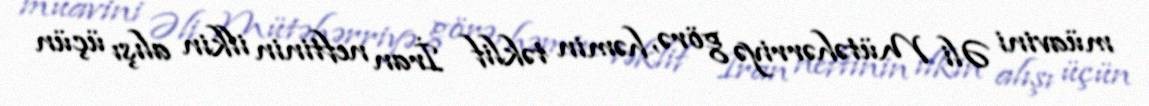
müavini Əli Mütəhərriyə görə, həmin təklif İran neftinin ilkin alışı üçün